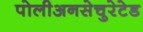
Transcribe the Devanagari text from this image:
पोलीअनसेचुरेटेड